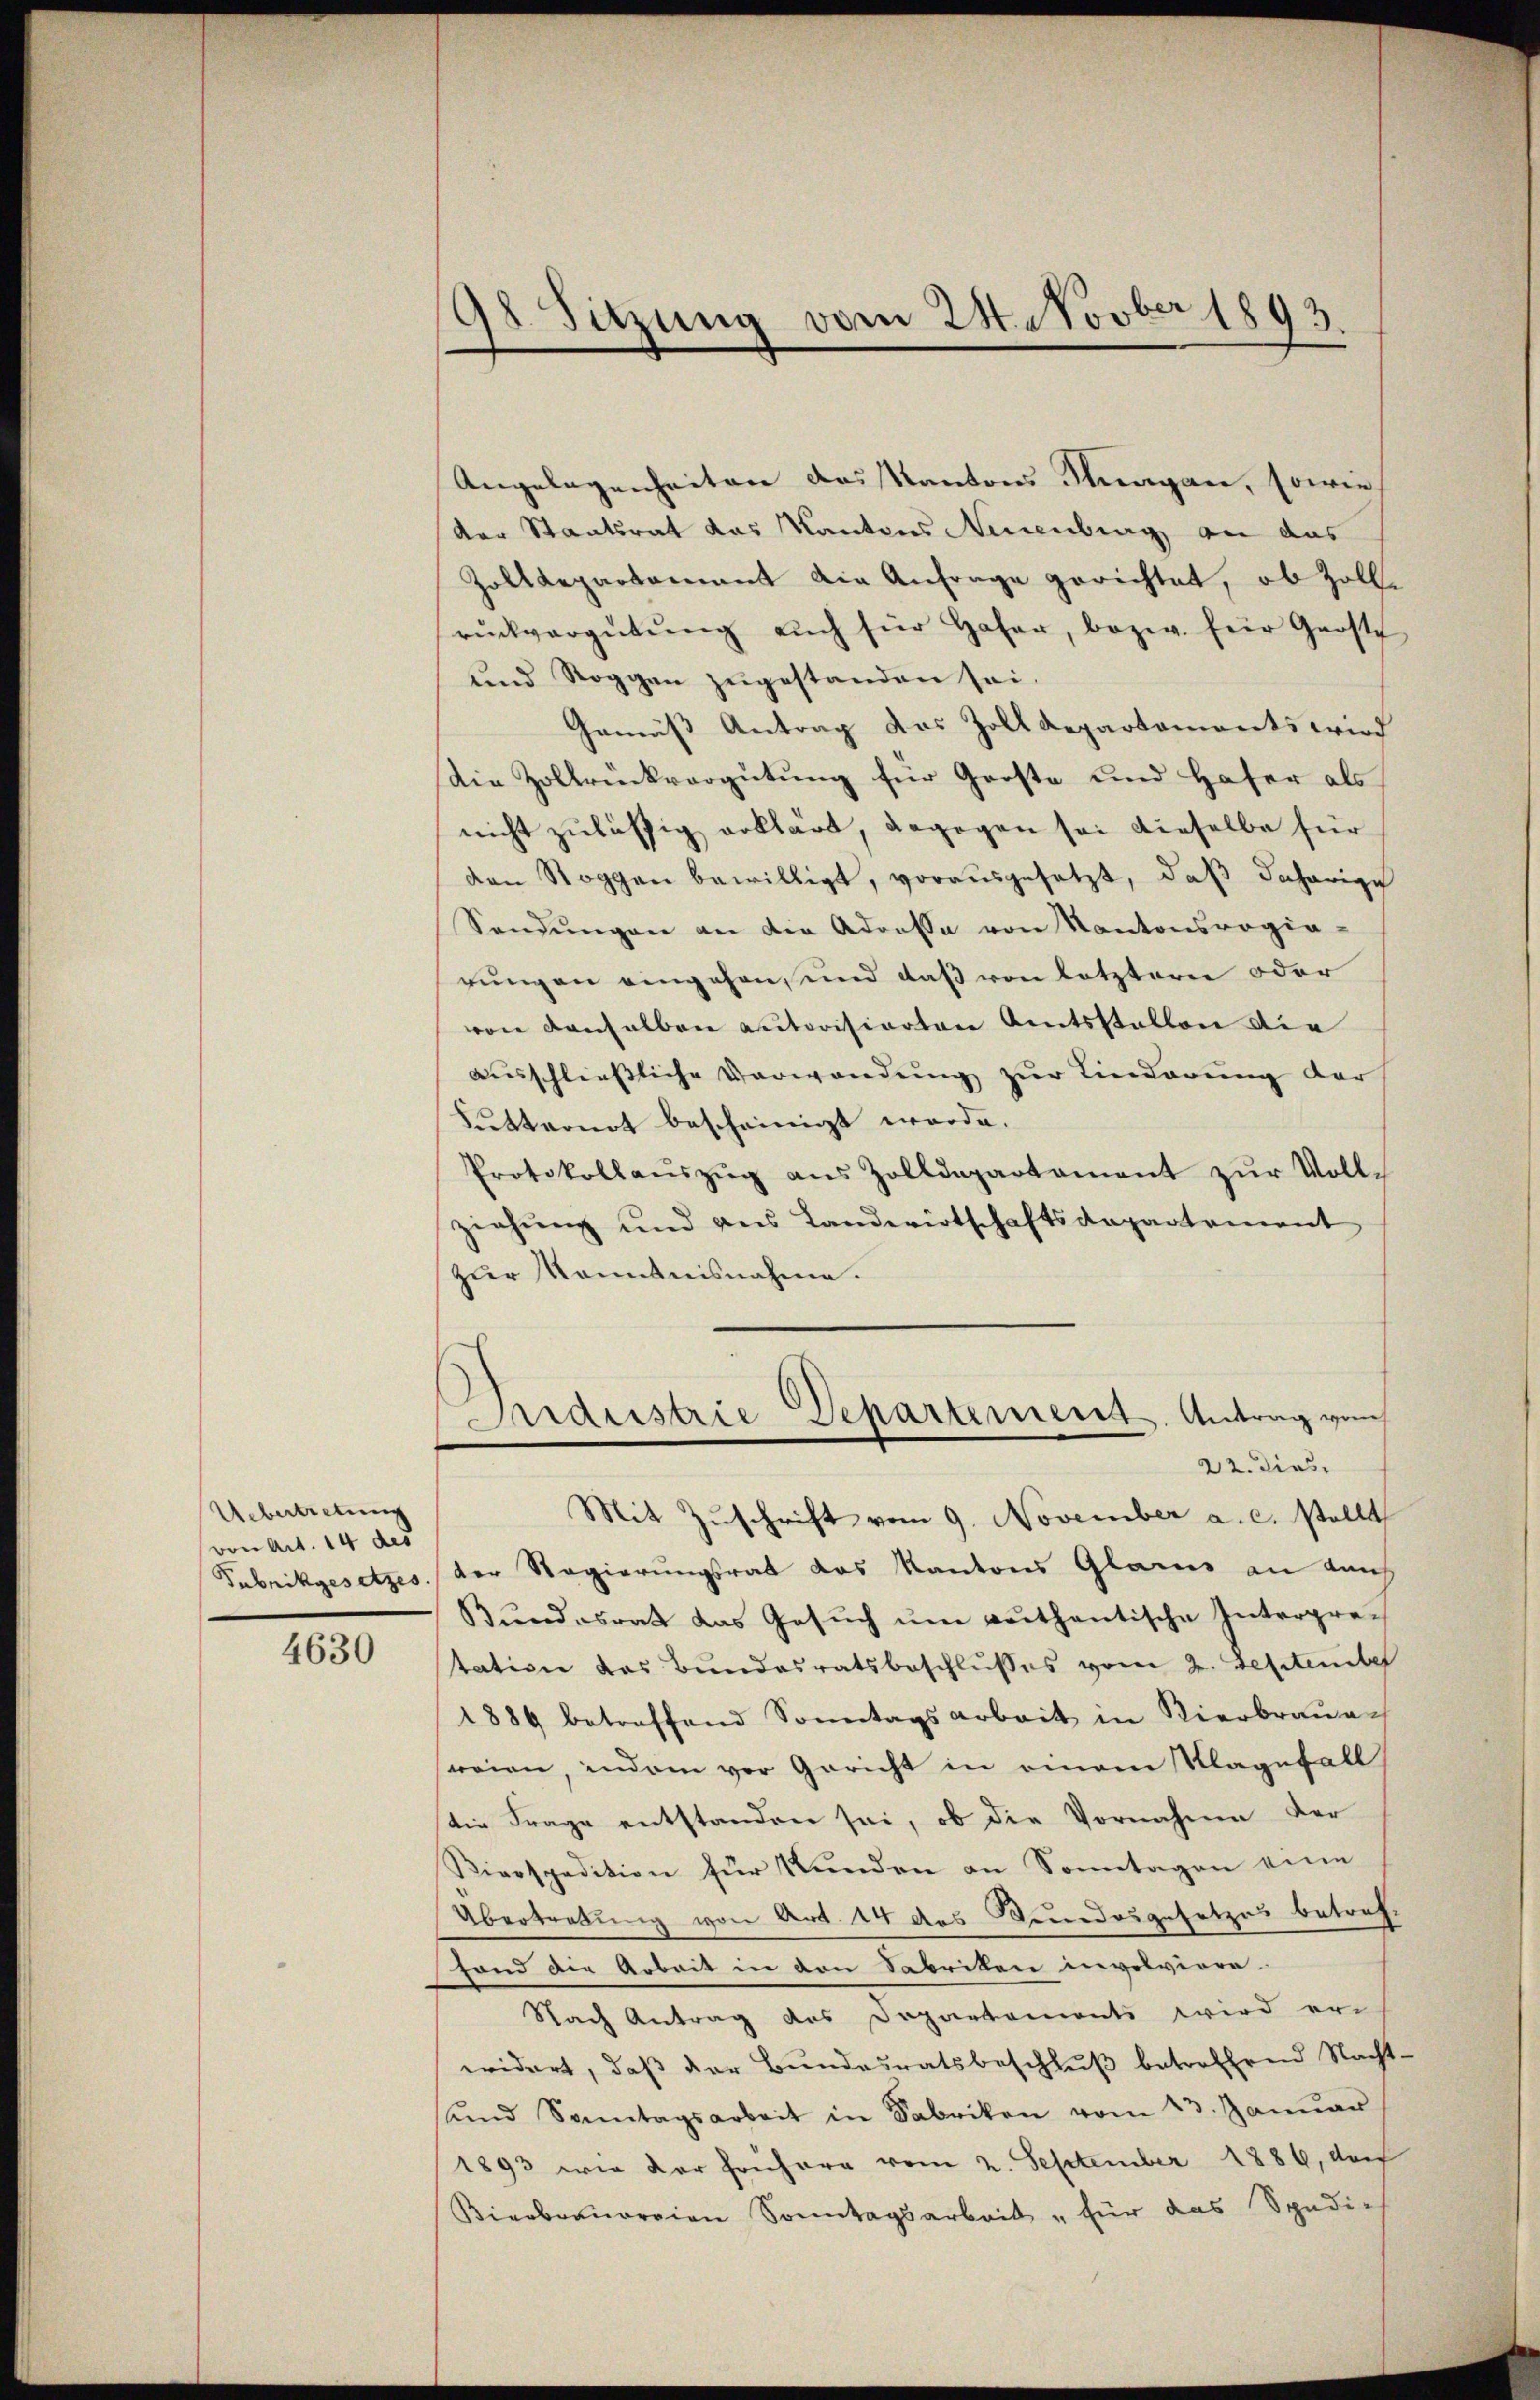
Uebertretung
von Art. 14 des
Tubrikgesetzes

4630

198. Sitzung vom 24. Novber 1893.

Angelegenheiten das Kantons Sargare, sowie
Dor Staatsrat das Kantons Neuenburg an das
Zolldepartement die Anfrage gerichtet, ob Zollrückvergütŭng aŭch für Hafer, bezw. für Grost
und Roggen zugestanden sei.
Gemäß Antrag das Zoll Departements wird
Die Zollrückvergütung für Große und Hafer als
nicht zulässig erklärt, dagegen sei dieselbe für
den Roggen bewilligt, vorausgesetzt, daß daherige
Sendŭngen an die Adressa von Kantonsregia-
rungen eingehen, und daß von letzterer oder
von denselben autorisierten Amtsstellen die
ausschliessliche Verwendŭng zur Linderung der
Sutternot bescheinigt werde.
Protokollaŭszŭg aŭs Zolldepartament zŭr Voll-
ziehung und ans Landwirtschaftsdepartement
zur Kenntnisnahme.
Ardeestrie Departement. Antrag von
22. dies
Mit Zuschrift vom 9. November a. c. stellt
der Regierungsrat das Kantons Glarus an durch
Bundesrat das Gesuch um verthentische Interpretation des Bundesratsbeschlusses vom 2. September
1889 betreffend Sonntagsarbeit in Vierbraŭen
sreien, indem vor Gericht in einem Klagefall
die Frage entstanden sei, ob die Vornahme der
Kieospedition für Rŭnden an Sonntagen eine
Übertretung von Art. 14 des Bederdosgesetzes betreffond die Arbeit in den Sabriken involviere.
Nach Antrag des Departements wird er-
widert, daß der Bundesratsbeschluß betroffend Nacht-
ŭnd Sonntagsarbeit in Fabriken vom 23. Januar
1893 wie der Frühere vom 2. September 1886, de
Bierbraŭorien Sonntagsarbeit " für das Spedie